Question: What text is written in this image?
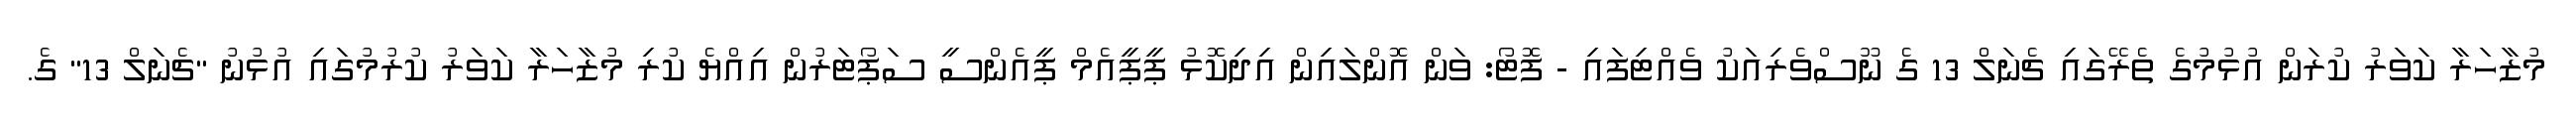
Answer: މުޒާހަރާ ކަވަރު ކުރަން އުޅުމުގެ ތެރޭގައި ޗެނަލް 13 ގެ ނޫސްވެރިއަކު ވެއްޓިފައި - ފޮޓޯ: ވަން އޮންލައިން އިދިކޮޅު ޕީޕީއެމް ޕީއެންސީ ސަޕޯޓަރުން އިއްޔެ ކުރި މުޒާހަރާ ކަވަރު ކުރުމުގައި އުޅުނު "ޗެނަލް 13" ގެ.